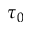
\tau _ { 0 }